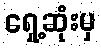
ရှေ့ဆုံးမှ